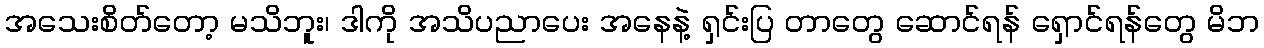
အသေးစိတ်တော့ မသိဘူး၊ ဒါကို အသိပညာပေး အနေနဲ့ ရှင်းပြ တာတွေ ဆောင်ရန် ရှောင်ရန်တွေ မိဘ